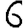
Digit: 6